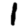
Digit: 1